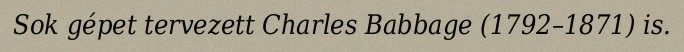
Sok gépet tervezett Charles Babbage (1792–1871) is.